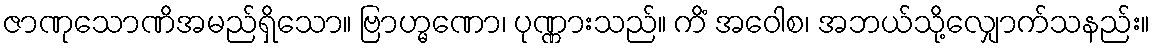
ဇာဏုသောဏိအမည်ရှိသော။ ဗြာဟ္မဏော၊ ပုဏ္ဏားသည်။ ကိံ အဝေါစ၊ အဘယ်သို့လျှောက်သနည်း။